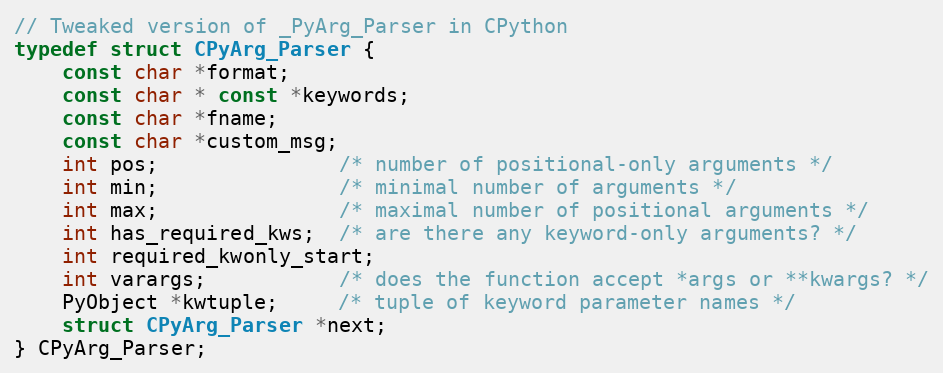
Language: C
// Tweaked version of _PyArg_Parser in CPython
typedef struct CPyArg_Parser {
    const char *format;
    const char * const *keywords;
    const char *fname;
    const char *custom_msg;
    int pos;               /* number of positional-only arguments */
    int min;               /* minimal number of arguments */
    int max;               /* maximal number of positional arguments */
    int has_required_kws;  /* are there any keyword-only arguments? */
    int required_kwonly_start;
    int varargs;           /* does the function accept *args or **kwargs? */
    PyObject *kwtuple;     /* tuple of keyword parameter names */
    struct CPyArg_Parser *next;
} CPyArg_Parser;